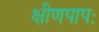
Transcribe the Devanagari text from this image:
क्षीणपापः